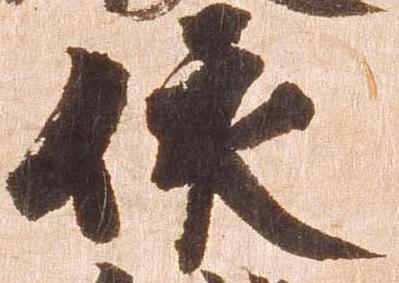
依